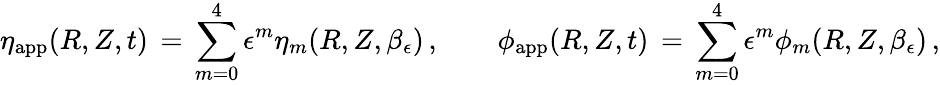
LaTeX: \eta_{\mathrm{app}}(R,Z,t)\, =\, \sum_{m=0}^{4}\epsilon^{m}\eta_{m}(R,Z,\beta_{\epsilon})\, ,\qquad\phi_{\mathrm{app}}(R,Z,t)\, =\, \sum_{m=0}^{4}\epsilon^{m}\phi_{m}(R,Z,\beta_{\epsilon})\, ,